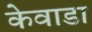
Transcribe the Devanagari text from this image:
केवाडा